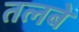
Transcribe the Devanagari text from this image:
तलबे